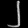
Digit: ၂